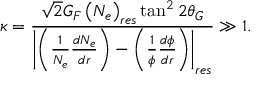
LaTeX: \kappa = \frac { \sqrt { 2 } G _ { F } \left( N _ { e } \right) _ { r e s } \tan ^ { 2 } 2 \theta _ { G } } { \left| \left( \frac { 1 } { N _ { e } } \frac { d N _ { e } } { d r } \right) - \left( \frac { 1 } { \phi } \frac { d \phi } { d r } \right) \right| _ { r e s } } \gg 1 .